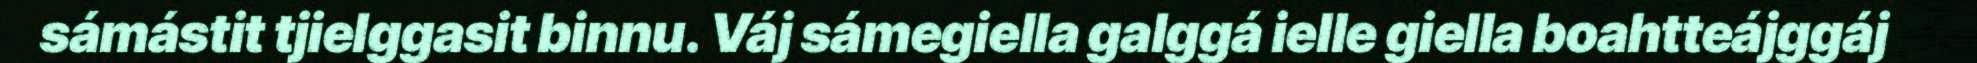
sámástit tjielggasit binnu. Váj sámegiella galggá ielle giella boahtteájggáj